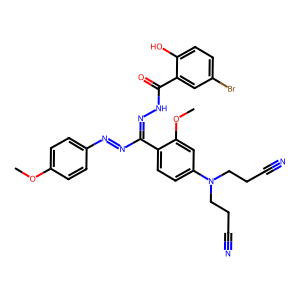
SMILES: COc1ccc(N=NC(=NNC(=O)c2cc(Br)ccc2O)c2ccc(N(CCC#N)CCC#N)cc2OC)cc1
Inhibits HIV replication: No